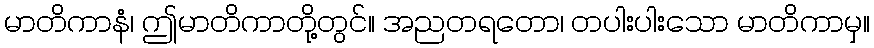
မာတိကာနံ၊ ဤမာတိကာတို့တွင်။ အညတရတော၊ တပါးပါးသော မာတိကာမှ။